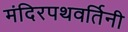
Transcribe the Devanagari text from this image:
मंदिरपथवर्तिनी